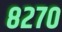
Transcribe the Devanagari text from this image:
८२७०